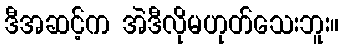
ဒီအဆင့်က အဲဒီလိုမဟုတ်သေးဘူး။